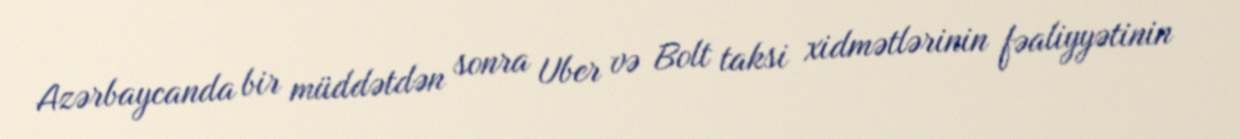
Azərbaycanda bir müddətdən sonra Uber və Bolt taksi xidmətlərinin fəaliyyətinin